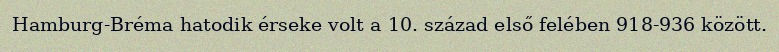
Hamburg-Bréma hatodik érseke volt a 10. század első felében 918-936 között.